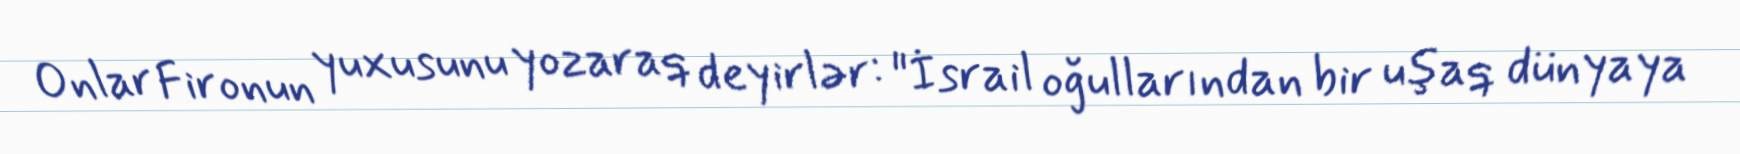
Onlar Fironun yuxusunu yozaraq deyirlər: "İsrail oğullarından bir uşaq dünyaya